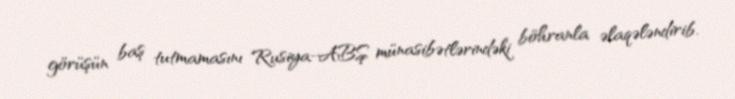
görüşün baş tutmamasını Rusiya-ABŞ münasibətlərindəki böhranla əlaqələndirib.